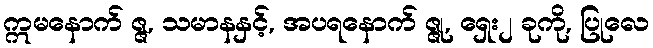
ဣမနောက် ဇ္ဇ, သမာနနှင့်, အပရနောက် ဇ္ဇု, ရှေး၂ ခုကို, ပြုလေ